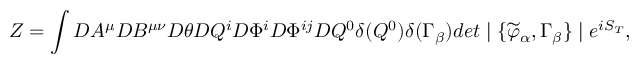
{ \cal Z } = \int { \cal D } A ^ { \mu } { \cal D } B ^ { \mu \nu } { \cal D } \theta { \cal D } Q ^ { i } { \cal D } \Phi ^ { i } { \cal D } \Phi ^ { i j } { \cal D } Q ^ { 0 } \delta ( Q ^ { 0 } ) \delta ( \Gamma _ { \beta } ) d e t \mid \{ \widetilde { \varphi } _ { \alpha } , \Gamma _ { \beta } \} \mid e ^ { i S _ { T } } ,